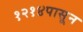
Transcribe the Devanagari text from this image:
१२१४पासून